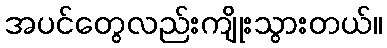
အပင်တွေလည်းကျိုးသွားတယ်။